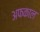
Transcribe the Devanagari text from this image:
अफकाल